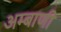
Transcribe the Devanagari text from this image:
अम्बाणी